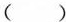
（）